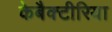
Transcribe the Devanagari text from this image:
केबैक्टीरिया